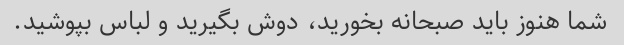
شما هنوز باید صبحانه بخورید، دوش بگیرید و لباس بپوشید.